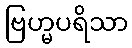
ဗြဟ္မပရိသာ